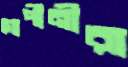
গোপীনীরা